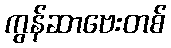
ကွန်ဆာဗေးတစ်